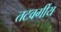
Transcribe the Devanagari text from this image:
तटवर्गीय